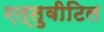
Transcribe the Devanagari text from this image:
एत्तुवीटिल